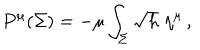
P ^ { \mu } ( \Sigma ) = - \mu \int _ { \Sigma } \sqrt { h } \; \eta ^ { \mu } \, ,